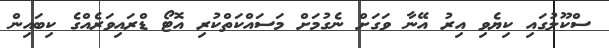
ސްކޫލުގައި ކިޔެވި އިރު އޭނާ ވަގަށް ނެގުމަށް މަސައްކަތްކުރި އޮޓޯ ޑްރައިވަރެއްގެ ކިބައިން